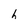
Character: h